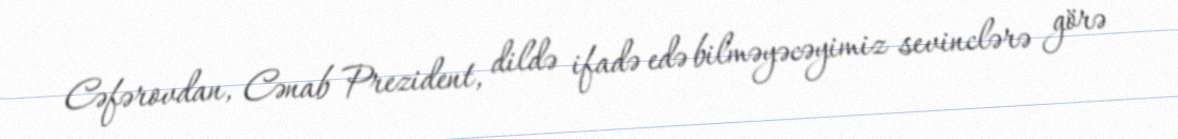
Cəfərovdan, Cənab Prezident, dildə ifadə edə bilməyəcəyimiz sevinclərə görə